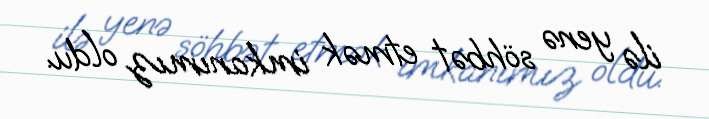
ilə yenə söhbət etmək imkanımız oldu.